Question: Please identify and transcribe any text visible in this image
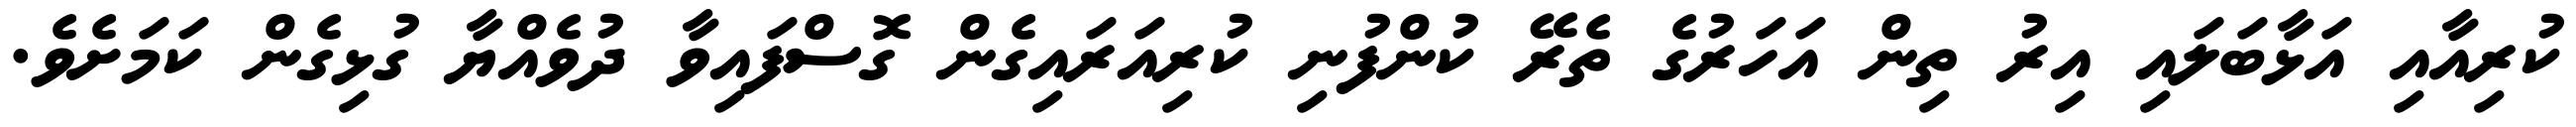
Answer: ކުރިއާއި އަޅާބަލައި އިރު ތިން އަހަރުގެ ތެރޭ ކުންފުނި ކުރިއަރައިގެން ގޮސްފައިވާ ދުވެއްޔާ ގުޅިގެން ކަމަށެވެ.